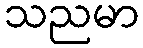
သညမာ